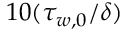
1 0 ( \tau _ { w , 0 } / \delta )